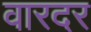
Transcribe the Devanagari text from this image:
वारदर